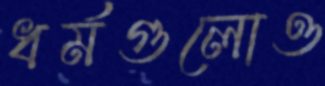
ধর্মগুলোও